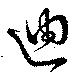
迪